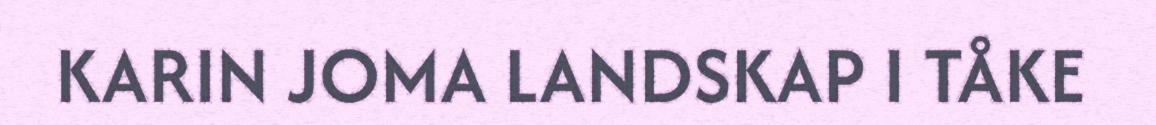
KARIN JOMA LANDSKAP I TÅKE